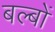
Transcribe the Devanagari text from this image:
बल्‍बों